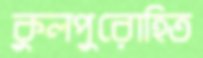
কুলপুরোহিত